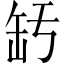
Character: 𦈣